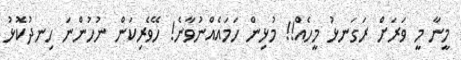
މީނާ މީ ވަރަށް ރަގަނޅު މީހެއް!! މުޅިން ހަމައެއްނުވާނެ! ހޭވެރިކަން ނުހުންނަ ހިނދުކޮޅު